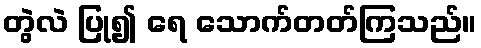
တွဲလဲ ပြု၍ ရေ သောက်တတ်ကြသည်။